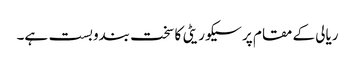
ریالی کے مقام پر سیکوریٹی کا سخت بندوبست ہے۔